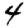
Digit: 4